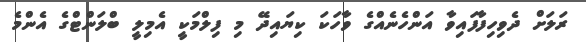
ރަލަށް ދެވިހިފާފައިވާ އަންހެނެއްގެ ވާހަކަ ކިޔައިދޭ މި ފިލްމަކީ އެމިލީ ބްލަންޓްގެ އެންމެ